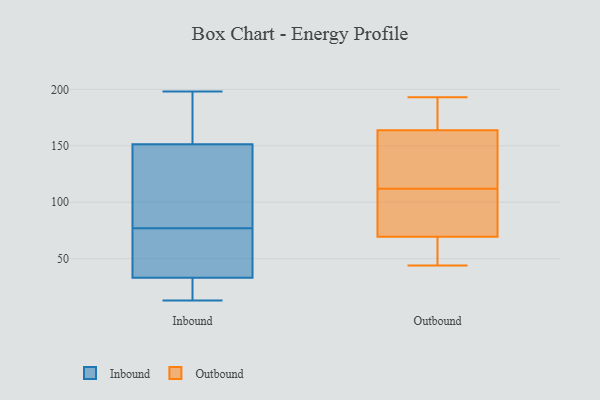
{"axis": {"x": "Backlog", "y": "Value"}, "legend": ["Inbound", "Outbound"], "data": [{"x": "", "y": 189, "type": "Inbound"}, {"x": "", "y": 31, "type": "Inbound"}, {"x": "", "y": 146, "type": "Inbound"}, {"x": "", "y": 13, "type": "Inbound"}, {"x": "", "y": 19, "type": "Inbound"}, {"x": "", "y": 198, "type": "Inbound"}, {"x": "", "y": 101, "type": "Inbound"}, {"x": "", "y": 131, "type": "Inbound"}, {"x": "", "y": 153, "type": "Inbound"}, {"x": "", "y": 39, "type": "Inbound"}, {"x": "", "y": 72, "type": "Inbound"}, {"x": "", "y": 77, "type": "Inbound"}, {"x": "", "y": 181, "type": "Inbound"}, {"x": "", "y": 24, "type": "Inbound"}, {"x": "", "y": 48, "type": "Inbound"}, {"x": "", "y": 190, "type": "Outbound"}, {"x": "", "y": 44, "type": "Outbound"}, {"x": "", "y": 82, "type": "Outbound"}, {"x": "", "y": 147, "type": "Outbound"}, {"x": "", "y": 44, "type": "Outbound"}, {"x": "", "y": 49, "type": "Outbound"}, {"x": "", "y": 80, "type": "Outbound"}, {"x": "", "y": 110, "type": "Outbound"}, {"x": "", "y": 112, "type": "Outbound"}, {"x": "", "y": 97, "type": "Outbound"}, {"x": "", "y": 66, "type": "Outbound"}, {"x": "", "y": 151, "type": "Outbound"}, {"x": "", "y": 184, "type": "Outbound"}, {"x": "", "y": 135, "type": "Outbound"}, {"x": "", "y": 193, "type": "Outbound"}, {"x": "", "y": 182, "type": "Outbound"}, {"x": "", "y": 168, "type": "Outbound"}, {"x": "", "y": 141, "type": "Outbound"}, {"x": "", "y": 56, "type": "Outbound"}]}